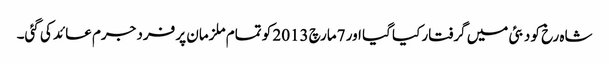
شاہ رخ کو دبئی میں گرفتار کیا گیا اور 7مارچ 2013 کو تمام ملزمان پر فرد جرم عائد کی گئی۔